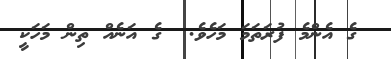
ގެ އެންމެ ފުރަތަމަ މަހެވެ.  ގެ އަނެއް ތިން މަހަކީ